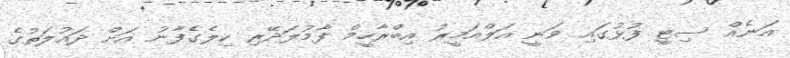
އަނެއް ސިޓީ ފުޅުގައި ވަނީ އަލްއަމީރު އިބްރާހީމް ފާމުލަދޭރި ކިލެގެފާނު އަށް ދައުލަތުގެ